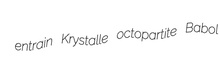
entrain Krystalle octopartite Babol